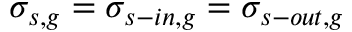
\sigma _ { s , g } = \sigma _ { s - i n , g } = \sigma _ { s - o u t , g }